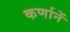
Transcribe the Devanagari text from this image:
कर्णानें